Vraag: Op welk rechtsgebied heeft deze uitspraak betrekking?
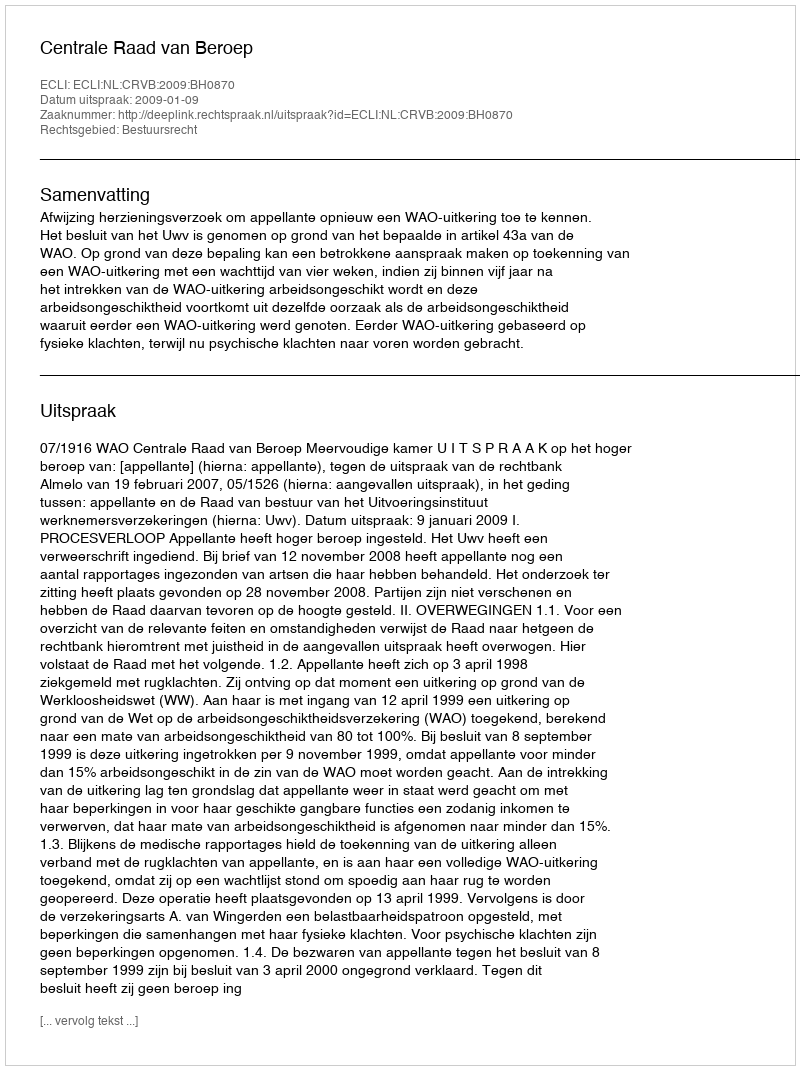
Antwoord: Bestuursrecht